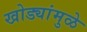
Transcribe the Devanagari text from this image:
खोड्यांमुळे